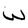
Character: W